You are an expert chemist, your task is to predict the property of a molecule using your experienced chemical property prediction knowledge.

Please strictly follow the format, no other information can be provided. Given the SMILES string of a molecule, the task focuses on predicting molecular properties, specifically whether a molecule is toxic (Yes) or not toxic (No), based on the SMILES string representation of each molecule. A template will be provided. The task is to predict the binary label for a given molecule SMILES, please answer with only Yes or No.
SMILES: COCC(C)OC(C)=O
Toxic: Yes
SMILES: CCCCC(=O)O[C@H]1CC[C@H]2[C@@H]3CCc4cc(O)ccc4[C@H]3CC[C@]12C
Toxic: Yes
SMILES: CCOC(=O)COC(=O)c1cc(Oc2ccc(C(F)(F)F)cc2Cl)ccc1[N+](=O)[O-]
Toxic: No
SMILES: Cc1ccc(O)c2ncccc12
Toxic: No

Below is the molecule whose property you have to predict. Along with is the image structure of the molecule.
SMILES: COC(C)(OC)OC
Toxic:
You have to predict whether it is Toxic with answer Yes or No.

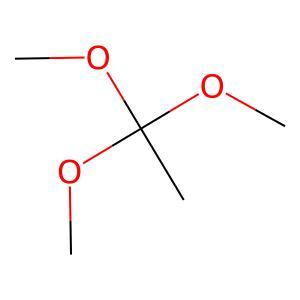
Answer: No